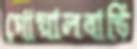
গোয়ালবাড়ি